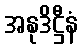
အနုဒိဋ္ဌီနံ